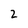
Character: 2